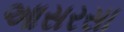
આસરસા